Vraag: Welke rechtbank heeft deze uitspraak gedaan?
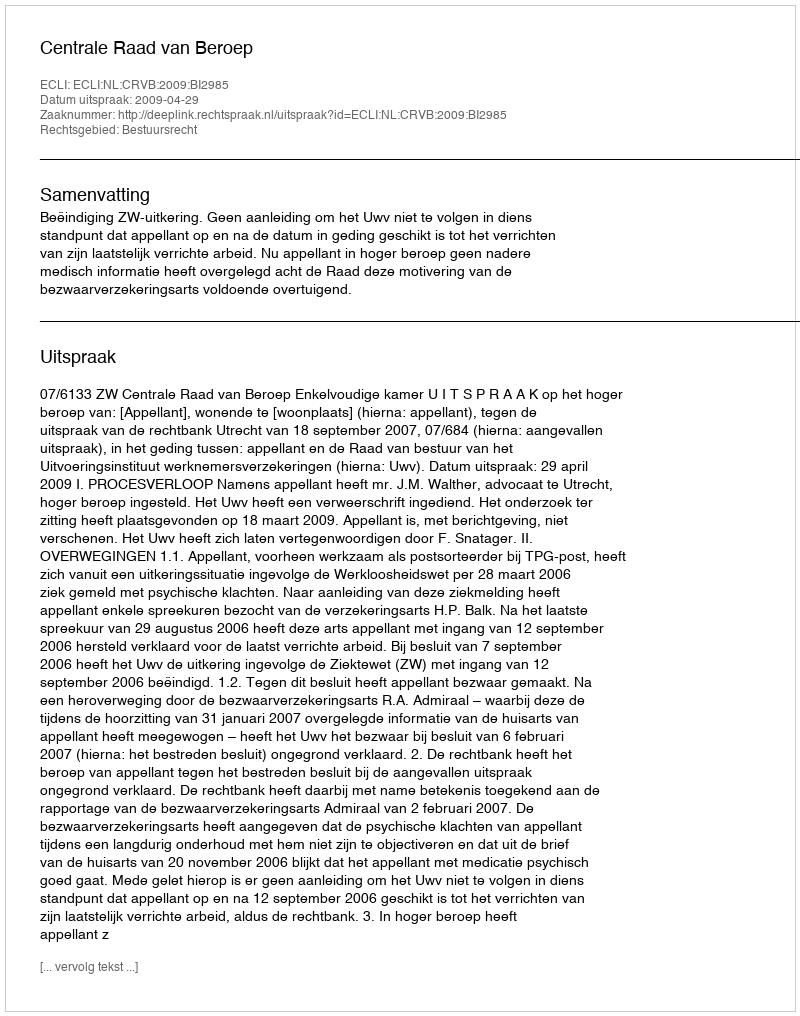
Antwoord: Centrale Raad van Beroep